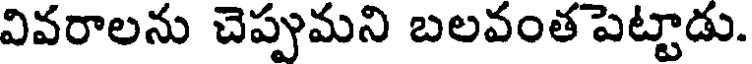
వివరాలను చెప్పుమని బలవంత పెట్టాడు.